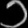
Digit: ၁